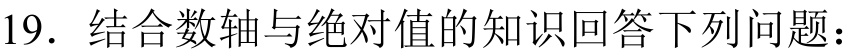
19. 结合数轴与绝对值的知识回答下列问题：